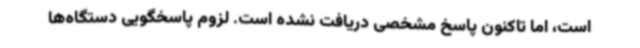
است، اما تاکنون پاسخ مشخصی دریافت نشده است. لزوم پاسخگویی دستگاه‌ها